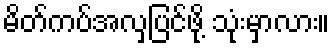
မိတ်ကပ်အလှပြင်ဖို့ သုံးမှာလား။